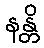
နန္တိ